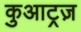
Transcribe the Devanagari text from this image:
कुआट्रज़